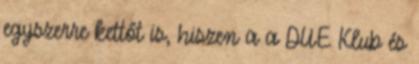
egyszerre kettőt is, hiszen a a DUE Klub és